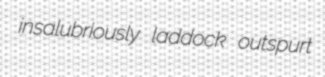
insalubriously laddock outspurt